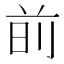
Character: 𫝐